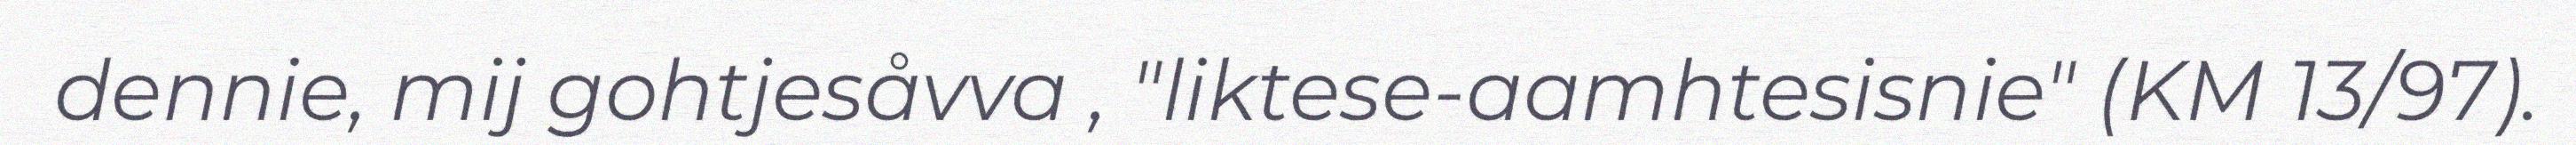
dennie, mij gohtjesåvva , "liktese-aamhtesisnie" (KM 13/97).